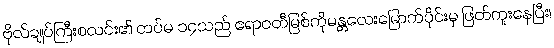
ဗိုလ်ချုပ်ကြီးစလင်း၏ တပ်မ ၁၄သည် ဧရာဝတီမြစ်ကိုမန္တလေးမြောက်ပိုင်းမှ ဖြတ်ကူးနေပြီး၊